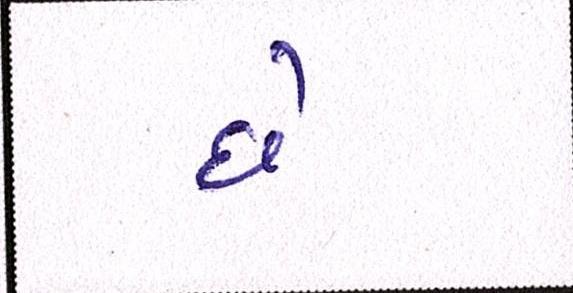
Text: છેઃ